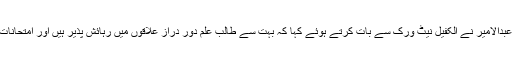
روضہ مبارک حضرت عباس علیہ السلام کے شعبہ ٹرانسپورٹ کے انچارج مسٹر میثم عبدالامیر نے الکفیل نیٹ ورک سے بات کرتے ہوئے کہا کہ بہت سے طالب علم دور دراز علاقوں میں رہائش پذیر ہیں اور امتحانات کے دوران امتحانی مراکز تک جانا ان کے لئے ایک پریشان کن اور مشکل مرحلہ ہے۔